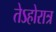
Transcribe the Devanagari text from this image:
तेऽहोरात्र